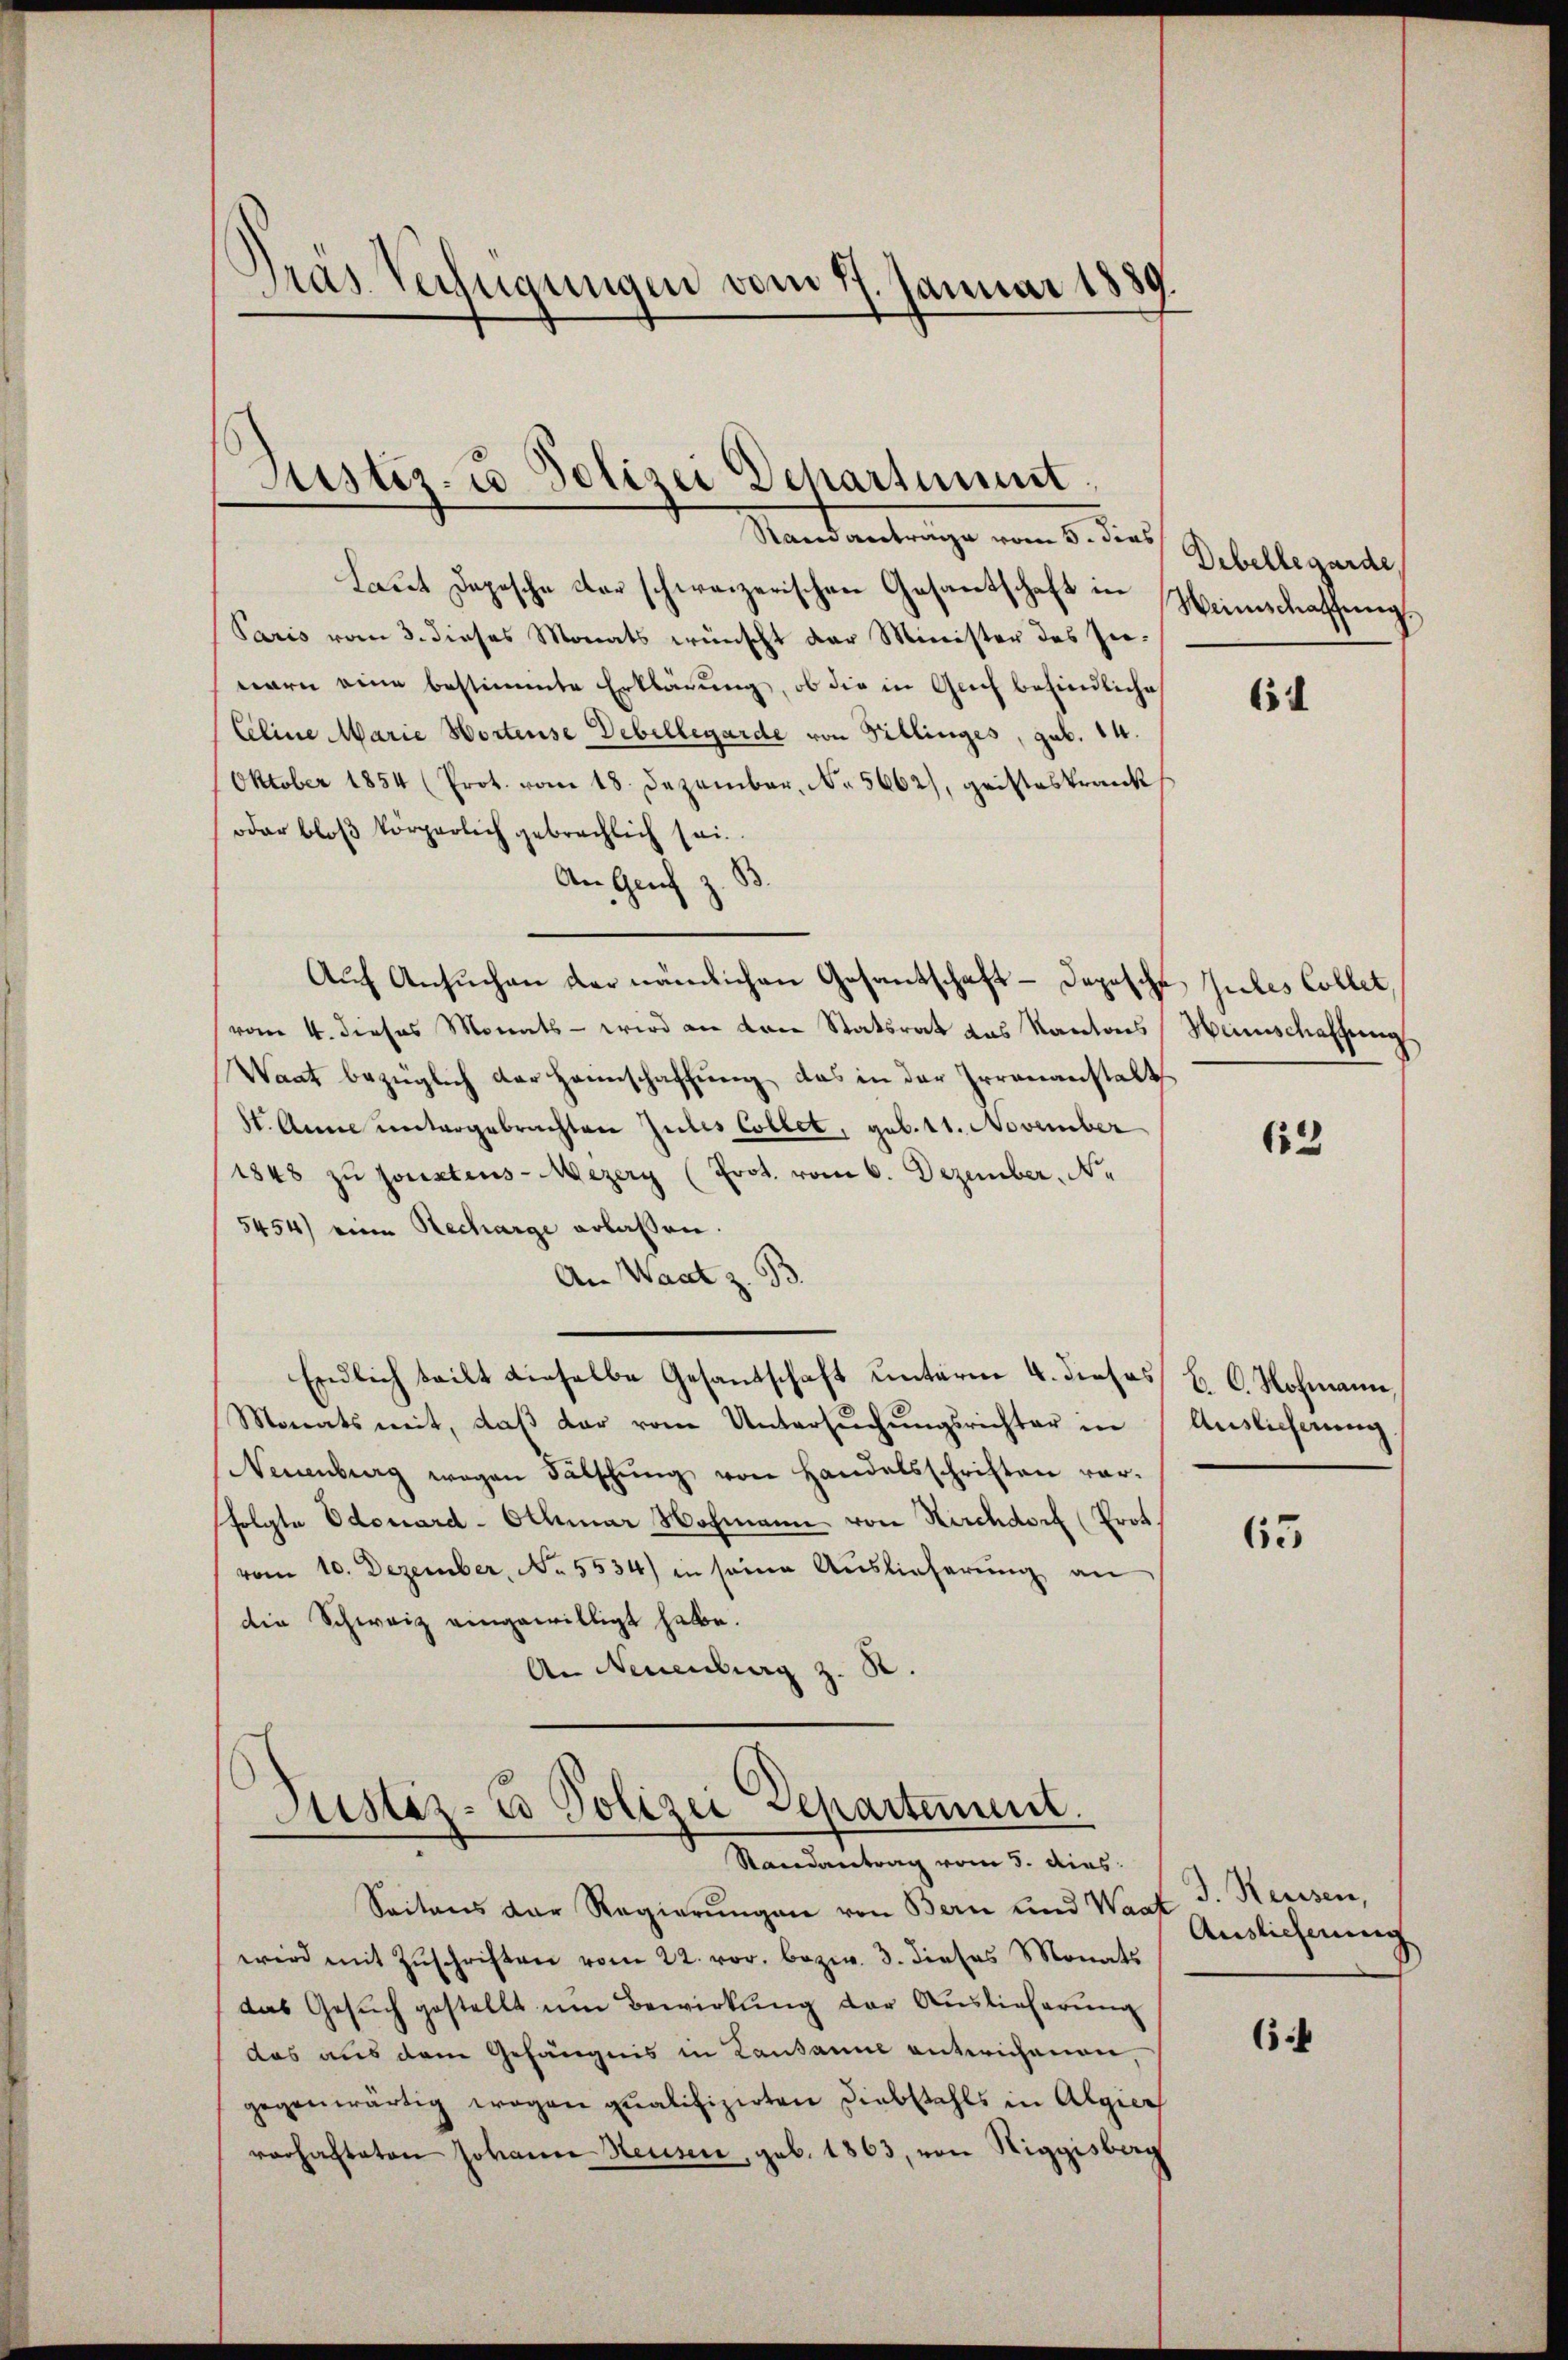
.
Pras. Verfügungen vom 17. Januar 1889.

Justiz- u Polizei Departimmt.

Mandantrage vom 6. dies
Laut Depesche der schweizerischen Gesantschaft in
Paris vom 3. dieses Monats wünscht der Minister des Innern eine bestimmte Erklärung, ob die in Auch befindliche
Celine Marie Wortense Debellegarde von Billinges, geb. 14.
Oktober 1854 (Prot. vom 18. Dezember. No. 5662), gristeskrank
oder bloß körperlich gebrachlich sei.
An Genf
Auf Ansuchen der nämlichen Gesantschaft - Dopische Gutes Collet,
vom 4. dieses Monats - wird an den Statsrat des Kantons Heimschaffung
Waat bezüglich der Hannschaffung, das in der Irrenanstalt
St. Anna untergebrachten Julis Collet, geb. 11. November
1848 zu sonstens-Mezery (Prot. vom 6. Dezember, Ne
5454) eine Recharge erlassen.
An Wart z. B.
Endlich teilt dieselbe Gesandschaft unterm 4. dieses
Monats mit, daβ der vom Untersŭchŭngsrichter in Auslicherŭng.
Neuenburg wegen Fälschung von Handelsschriften vorsfolgte Odouard - Othmar Nochmann von Kirchdorf (Prot
vom 10. Dezember, No. 5534) in seine Auslieferung an
die Schweiz eingewilligt habe.
An Neuenburg z. R.

Justiz- & Polizei Departement.
Randantrag vom 5. dies

Seitens der Regierungen von Bern und Waat
wird mit Zŭschriften vom 22. vor. bezw. 3. dieses Monats
das Gesuch gestellt um Bewirkung der Auslieferung
das aus dem Gefängnis in Kausanne antwichenen,
gegenwärtig wegen qualifizirten Diebstahls in Algier
vorhalteten Johann Heuser, geb. 1863, von Niggisberg

Dibellegarde
Heinschaffung.

61

62

C. C. Hohmann,

65

J. Reisen,
Auslichnung

65